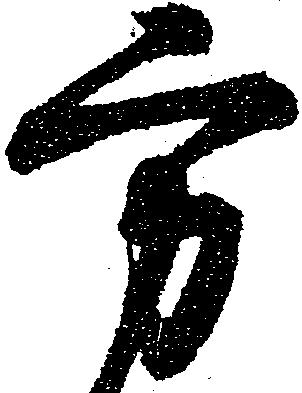
方